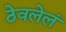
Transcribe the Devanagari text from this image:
ठेवलेलं